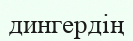
дингердің